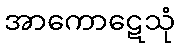
အာကောဋေသုံ